38_143685_box_Incident_Summaries_173-233
Agency: Department of War
Page 131
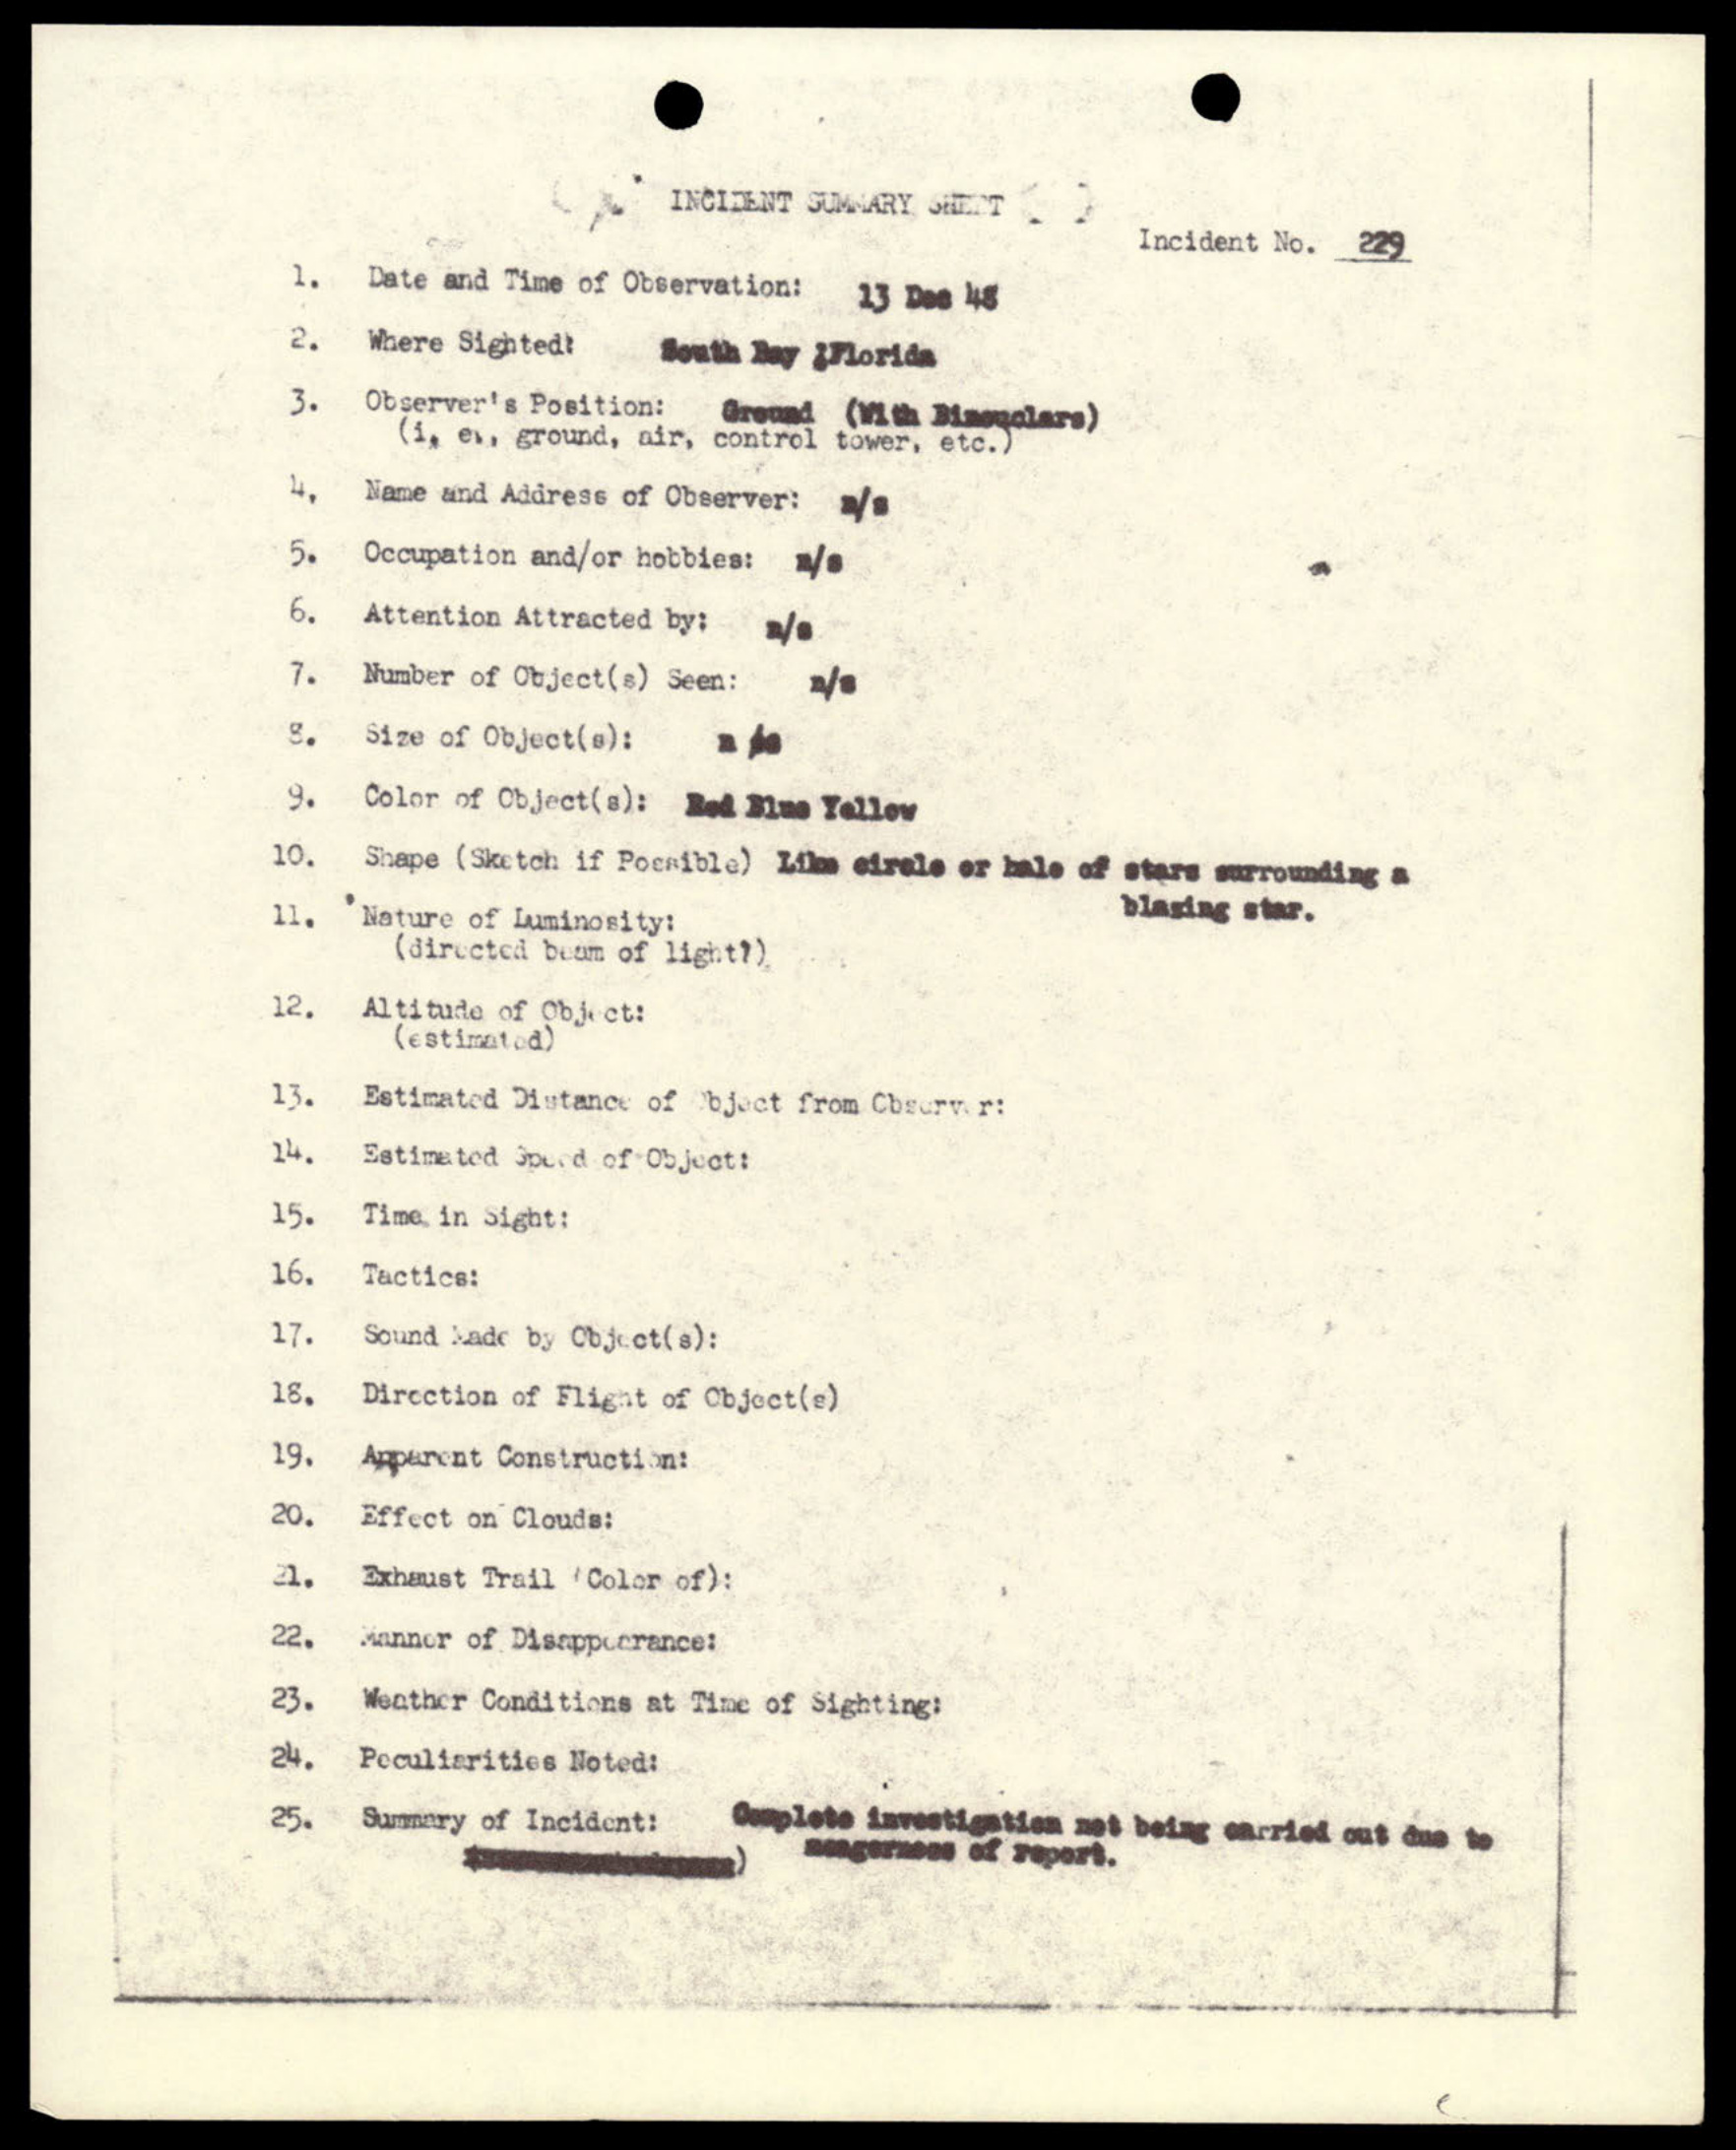